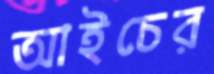
আইচের